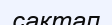
сактап